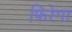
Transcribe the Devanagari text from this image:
फिरेगा